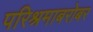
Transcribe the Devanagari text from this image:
परिश्रमाबरोबर